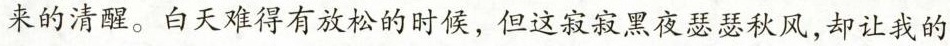
来的清醒。白天难得有放松的时候，但这寂寂黑夜瑟瑟秋风，却让我的